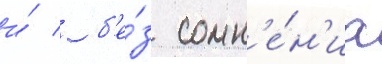
и́ / б'е́з сомн'е́н'иа